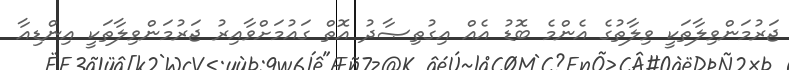
ޖަރުމަންވިލާތަކީ ވިލާތުގެ އެންމެ ބޮޑު އެއް އިގުތިޞާދު އޮތް ގައުމަށްވާއިރު ޖަރުމަންވިލާތަކީ އިންޑިއާ